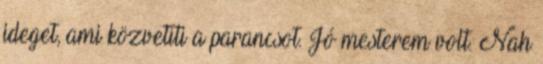
ideget, ami közvetíti a parancsot. Jó mesterem volt. Nah